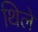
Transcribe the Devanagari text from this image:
थिले